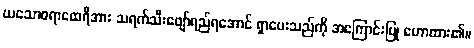
ယသောဓရာထေရီအား သရက်သီးဖျော်ရည်ရအောင် ရှာပေးသည်ကို အကြောင်းပြု ဟောထား၏။